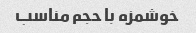
خوشمزه با حجم مناسب